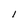
Character: 1